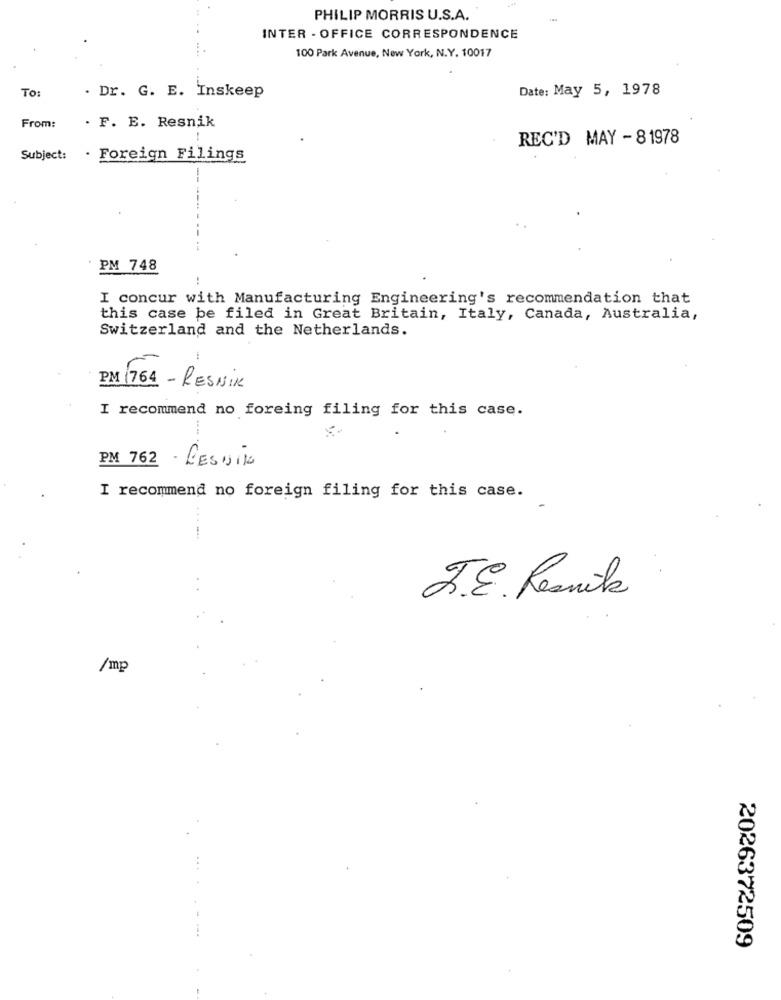
PHILIP MORRIS U.S.A.
INTER - OFFICE CORRESPONDENCE
100 Park Avenue, New York, N.Y. 10017
. Dr. G. E. Inskeep
Date: May 5, 1978
To:
From:
. F. E. Resnik
REC'D MAY - 8 1978
Subject:
. Foreign Filings
PM 748
..
I concur with Manufacturing Engineering's recommendation that
this case be filed in Great Britain, Italy, Canada, Australia,
Switzerland and the Netherlands.
PM 1764 - RESNIK
I recommend no foreing filing for this case.
PM 762 - LESNIK
I recommend no foreign filing for this case.
J.E. Resnik
/mp
2026372509